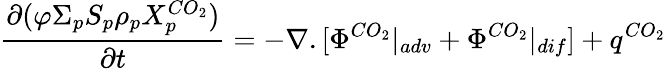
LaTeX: \frac{\partial(\varphi\Sigma_{p}S_{p}\rho_{p}X_{p}^{CO_{2}})}{\partial t}=-\nabla.[\Phi^{CO_{2}}|_{adv}+\Phi^{CO_{2}}|_{dif}]+q^{CO_{2}}